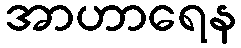
အာဟာရေန